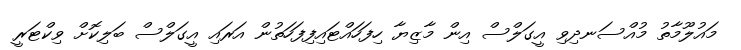
މައުލޫމާތު މުއްސަނދިވި އީގަލްސް އިން މާޒިޔާ ހިފަހައްޓައިފިފަހަތުން އަރައި އީގަލްސް ބަލިކޮށް ވިކްޓަރީ